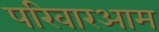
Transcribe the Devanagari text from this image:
परिवारआम